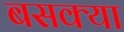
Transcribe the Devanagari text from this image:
बसक्या